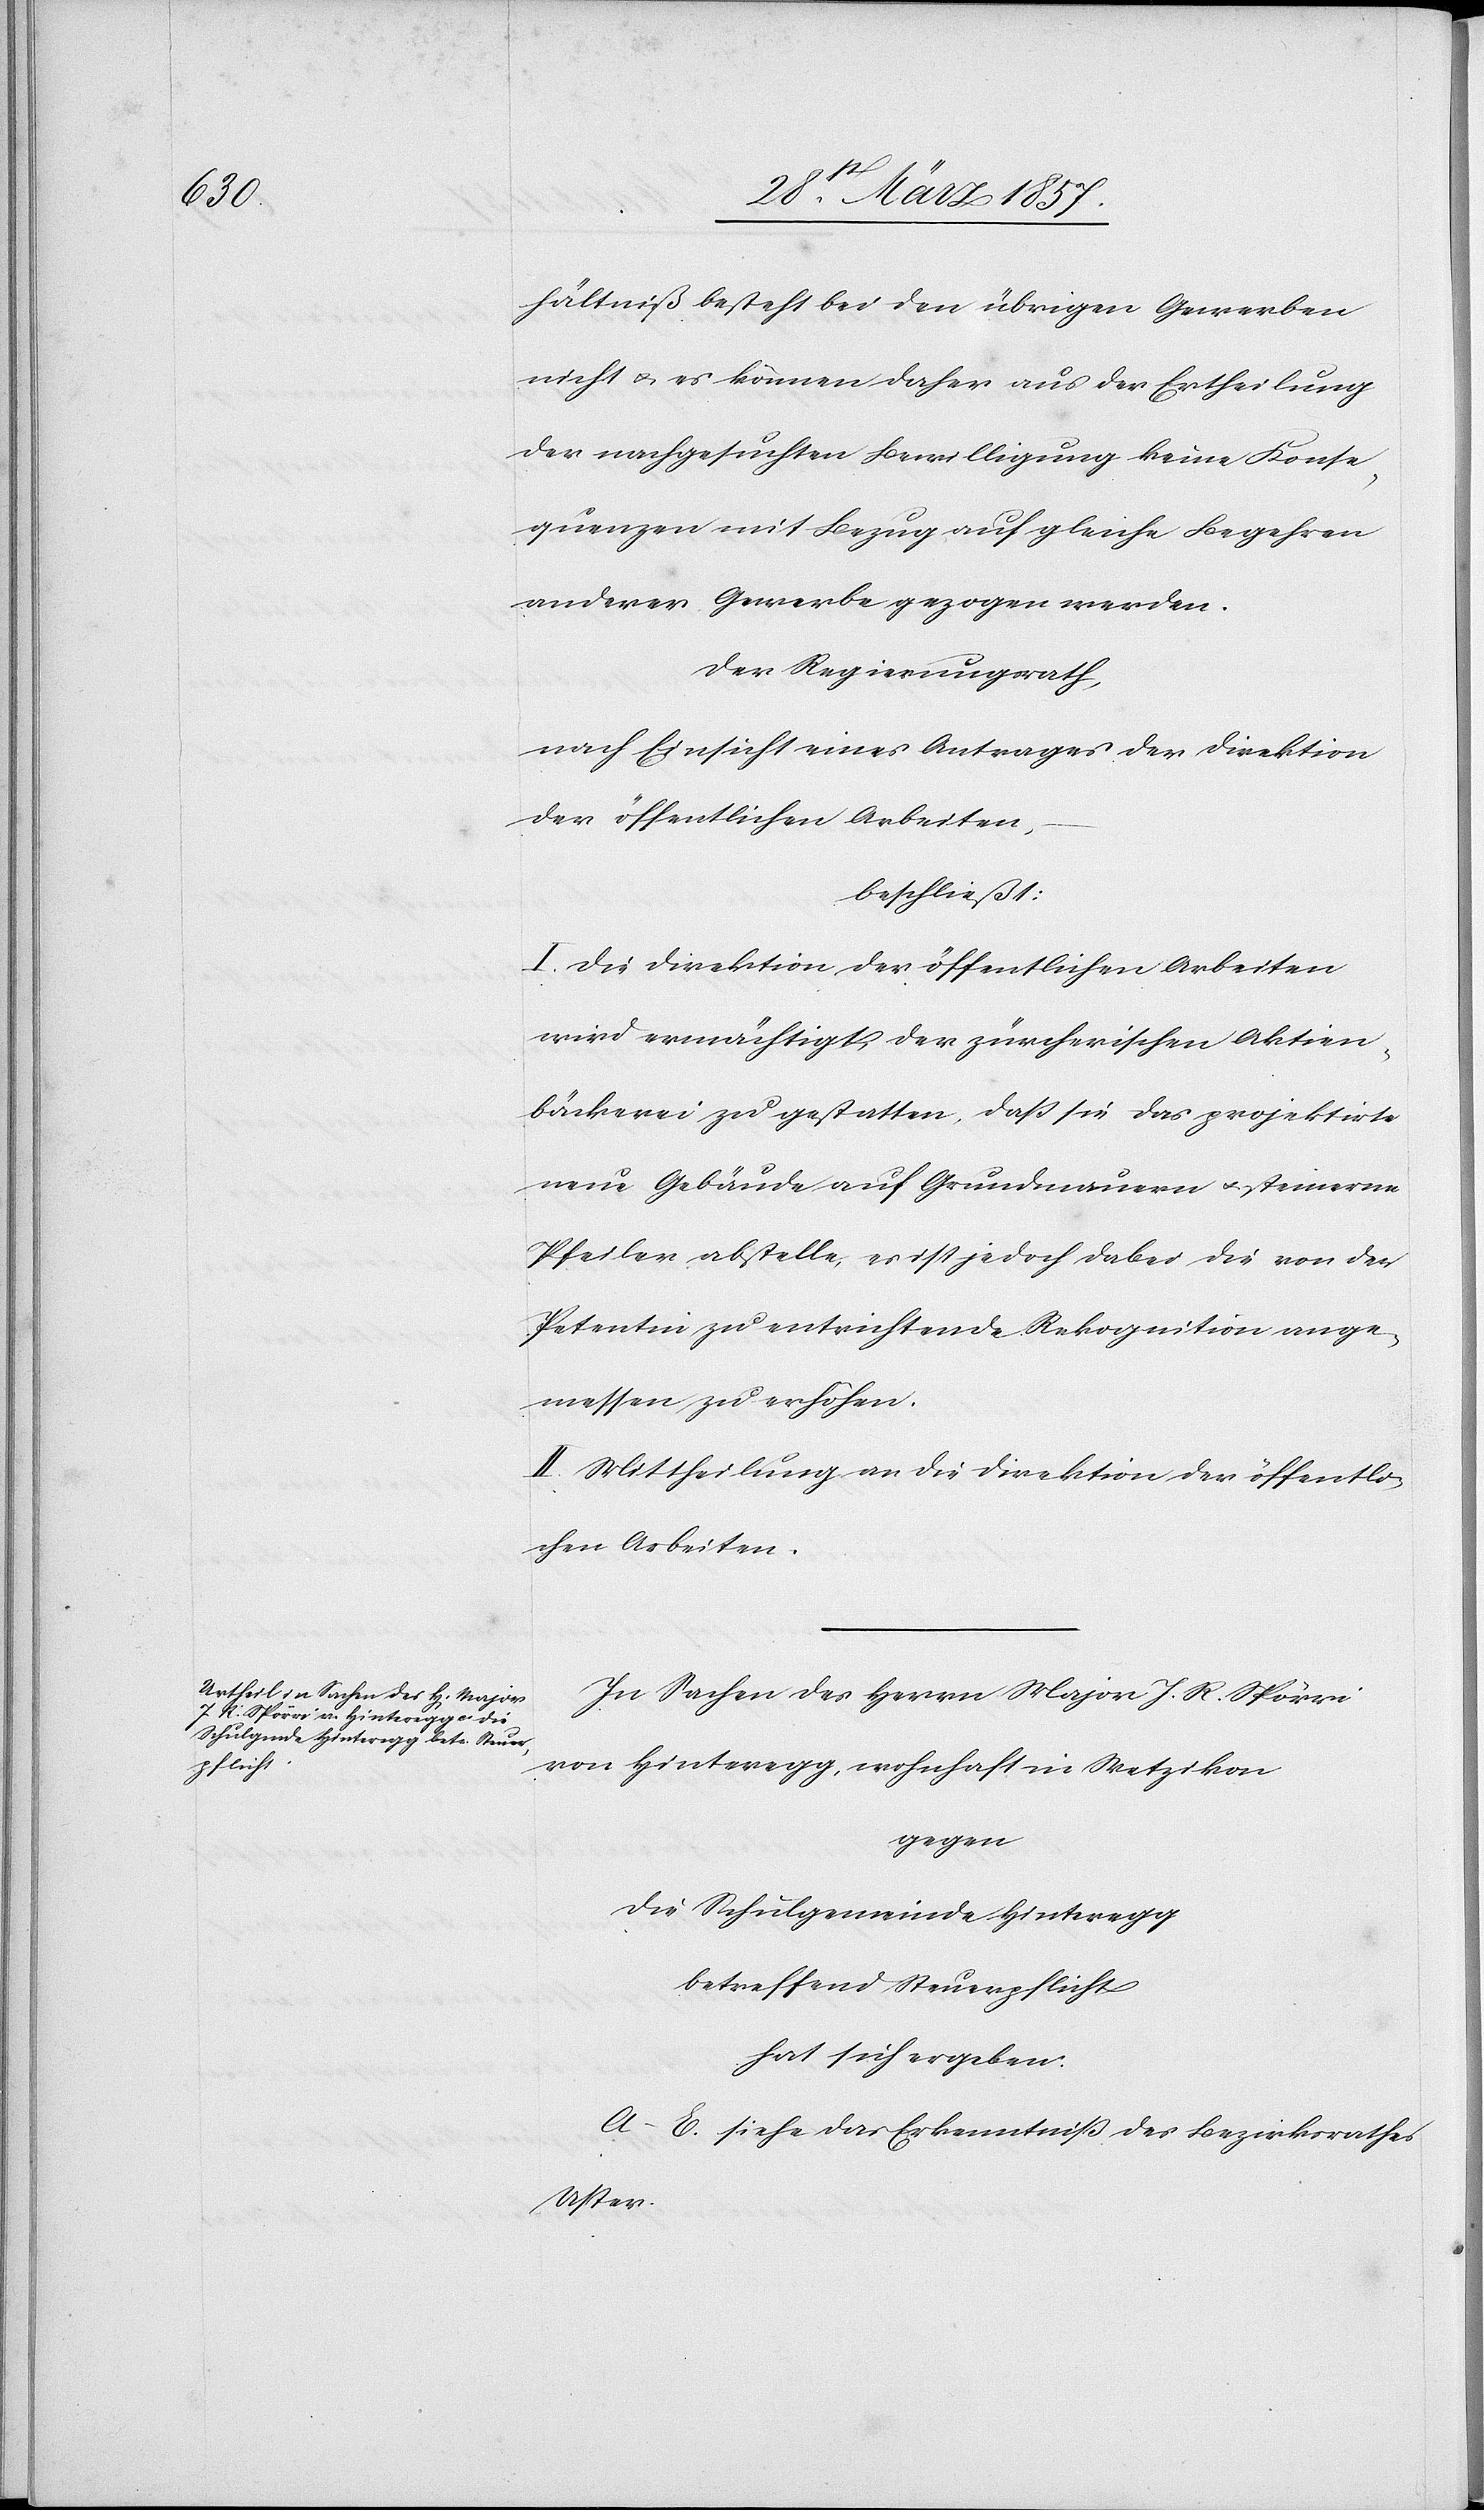
hältniß besteht bei den übrigen Gewerben
nicht u. es können daher aus der Ertheilung
der nachgesuchten Bewilligung keine Konse¬
quenzen mit Bezug auf gleiche Begehren
anderer Gewerbe gezogen werden.
Der Regierungsrath,
nach Einsicht eines Antrages der Direktion
der öffentlichen Arbeiten,
beschließt:
I. Die Direktion der öffentlichen Arbeiten
wird ermächtigt, der zürcherischen Aktien¬
bäckerei zu gestatten, daß sie das projektirte
neue Gebäude auf Grundmauern u. steinerne
Pfeiler abstelle, es ist jedoch dabei die von der
Petentin zu entrichtende Rekognition ange¬
messen zu erhöhen.
II. Mittheilung an die Direktion der öffentli¬
chen Arbeiten.
In Sachen des Herrn Major J. R. Spörri
von Hinteregg, wohnhaft in Wetzikon
gegen
die Schulgemeinde Hinteregg
betreffend Steuerpflicht
hat sich ergeben:
A–E. siehe das Erkenntniß des Bezirksrathes
Uster.